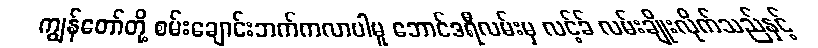
ကျွန်တော်တို့ စမ်းချောင်းဘက်ကလာပါမူ ဘောင်ဒရီလမ်းမှ လင့်ခ် လမ်းချိုးလိုက်သည်နှင့်